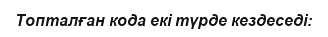
Топталған кода екі түрде кездеседі: